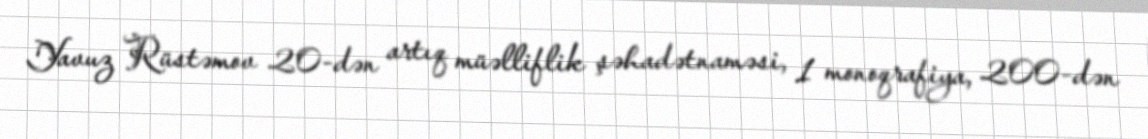
Yavuz Rüstəmov 20-dən artıq müəlliflik şəhadətnaməsi, 1 monoqrafiya, 200-dən